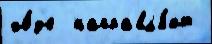
хо́д'е  направл'я́ют